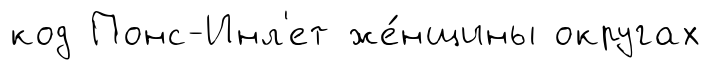
код Понс-Инл'ет же́нщины округах